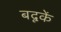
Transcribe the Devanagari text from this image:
बदूकें